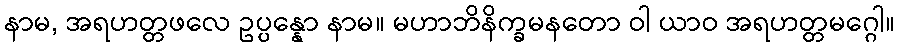
နာမ, အရဟတ္တဖလေ ဥပ္ပန္နော နာမ။ မဟာဘိနိက္ခမနတော ဝါ ယာဝ အရဟတ္တမဂ္ဂေါ။